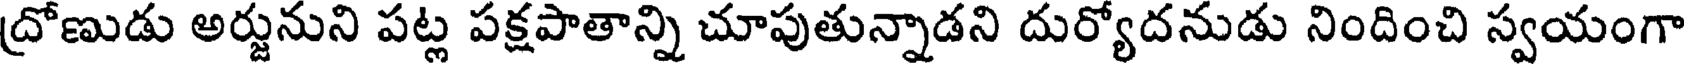
ద్రోణుడు అర్జునుని పట్ల పక్షపాతాన్ని చూపుతున్నాడని దుర్యోదనుడు నిందించి స్వయంగా